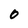
Character: 0